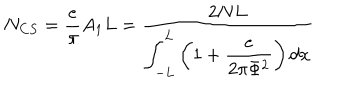
N _ { C S } = \frac { e } { \pi } A _ { 1 } L = \frac { 2 N L } { \displaystyle \int _ { - L } ^ { L } \left( \displaystyle 1 + \frac { e } { 2 \pi \Phi ^ { 2 } } \right) d x }